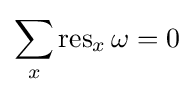
\sum _{x}\operatorname {res} _{x}\omega =0